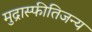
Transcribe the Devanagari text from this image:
मुद्रास्फीतिजन्य